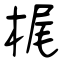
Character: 梶